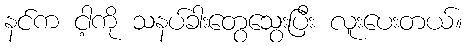
နင်က ငါ့ကို သနပ်ခါးတွေသွေးပြီး လူးပေးတယ်။